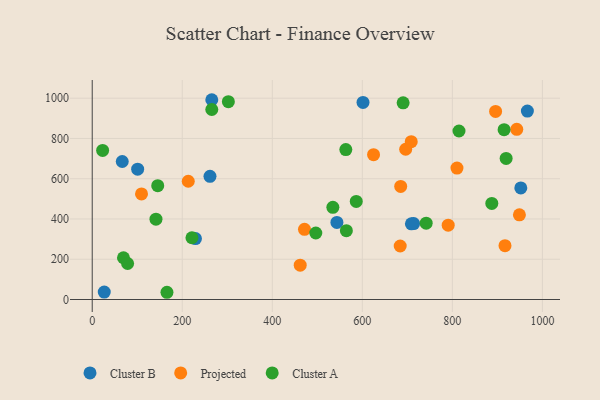
{"axis": {"x": "Speed", "y": "Exam Score"}, "legend": ["Cluster A", "Cluster B", "Projected"], "data": [{"x": "601.5", "y": 979.3, "type": "Cluster B"}, {"x": "66.7", "y": 685.6, "type": "Cluster B"}, {"x": "713.9", "y": 377.3, "type": "Cluster B"}, {"x": "100.9", "y": 647.3, "type": "Cluster B"}, {"x": "966.6", "y": 936.1, "type": "Cluster B"}, {"x": "265.6", "y": 992.5, "type": "Cluster B"}, {"x": "709.0", "y": 375.8, "type": "Cluster B"}, {"x": "952.0", "y": 554.2, "type": "Cluster B"}, {"x": "26.7", "y": 37.0, "type": "Cluster B"}, {"x": "543.5", "y": 382.7, "type": "Cluster B"}, {"x": "229.3", "y": 302.5, "type": "Cluster B"}, {"x": "261.6", "y": 611.9, "type": "Cluster B"}, {"x": "896.0", "y": 934.2, "type": "Projected"}, {"x": "624.9", "y": 719.7, "type": "Projected"}, {"x": "810.2", "y": 653.1, "type": "Projected"}, {"x": "948.9", "y": 420.5, "type": "Projected"}, {"x": "696.3", "y": 746.5, "type": "Projected"}, {"x": "916.9", "y": 267.6, "type": "Projected"}, {"x": "213.3", "y": 587.6, "type": "Projected"}, {"x": "462.0", "y": 170.4, "type": "Projected"}, {"x": "790.7", "y": 369.5, "type": "Projected"}, {"x": "943.0", "y": 845.6, "type": "Projected"}, {"x": "708.6", "y": 784.0, "type": "Projected"}, {"x": "109.5", "y": 524.6, "type": "Projected"}, {"x": "471.5", "y": 348.7, "type": "Projected"}, {"x": "685.2", "y": 562.0, "type": "Projected"}, {"x": "684.1", "y": 265.8, "type": "Projected"}, {"x": "496.6", "y": 330.3, "type": "Cluster A"}, {"x": "69.4", "y": 207.4, "type": "Cluster A"}, {"x": "145.5", "y": 565.6, "type": "Cluster A"}, {"x": "887.6", "y": 477.5, "type": "Cluster A"}, {"x": "302.4", "y": 983.0, "type": "Cluster A"}, {"x": "23.1", "y": 740.6, "type": "Cluster A"}, {"x": "265.6", "y": 944.0, "type": "Cluster A"}, {"x": "741.8", "y": 379.4, "type": "Cluster A"}, {"x": "919.4", "y": 701.1, "type": "Cluster A"}, {"x": "166.0", "y": 35.9, "type": "Cluster A"}, {"x": "690.6", "y": 977.1, "type": "Cluster A"}, {"x": "564.5", "y": 342.0, "type": "Cluster A"}, {"x": "814.7", "y": 837.2, "type": "Cluster A"}, {"x": "141.6", "y": 399.2, "type": "Cluster A"}, {"x": "586.5", "y": 487.2, "type": "Cluster A"}, {"x": "563.3", "y": 744.9, "type": "Cluster A"}, {"x": "78.6", "y": 178.9, "type": "Cluster A"}, {"x": "914.9", "y": 843.5, "type": "Cluster A"}, {"x": "534.5", "y": 457.8, "type": "Cluster A"}, {"x": "221.5", "y": 306.7, "type": "Cluster A"}]}